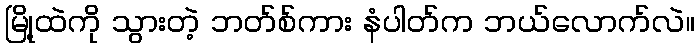
မြို့ထဲကို သွားတဲ့ ဘတ်စ်ကား နံပါတ်က ဘယ်လောက်လဲ။